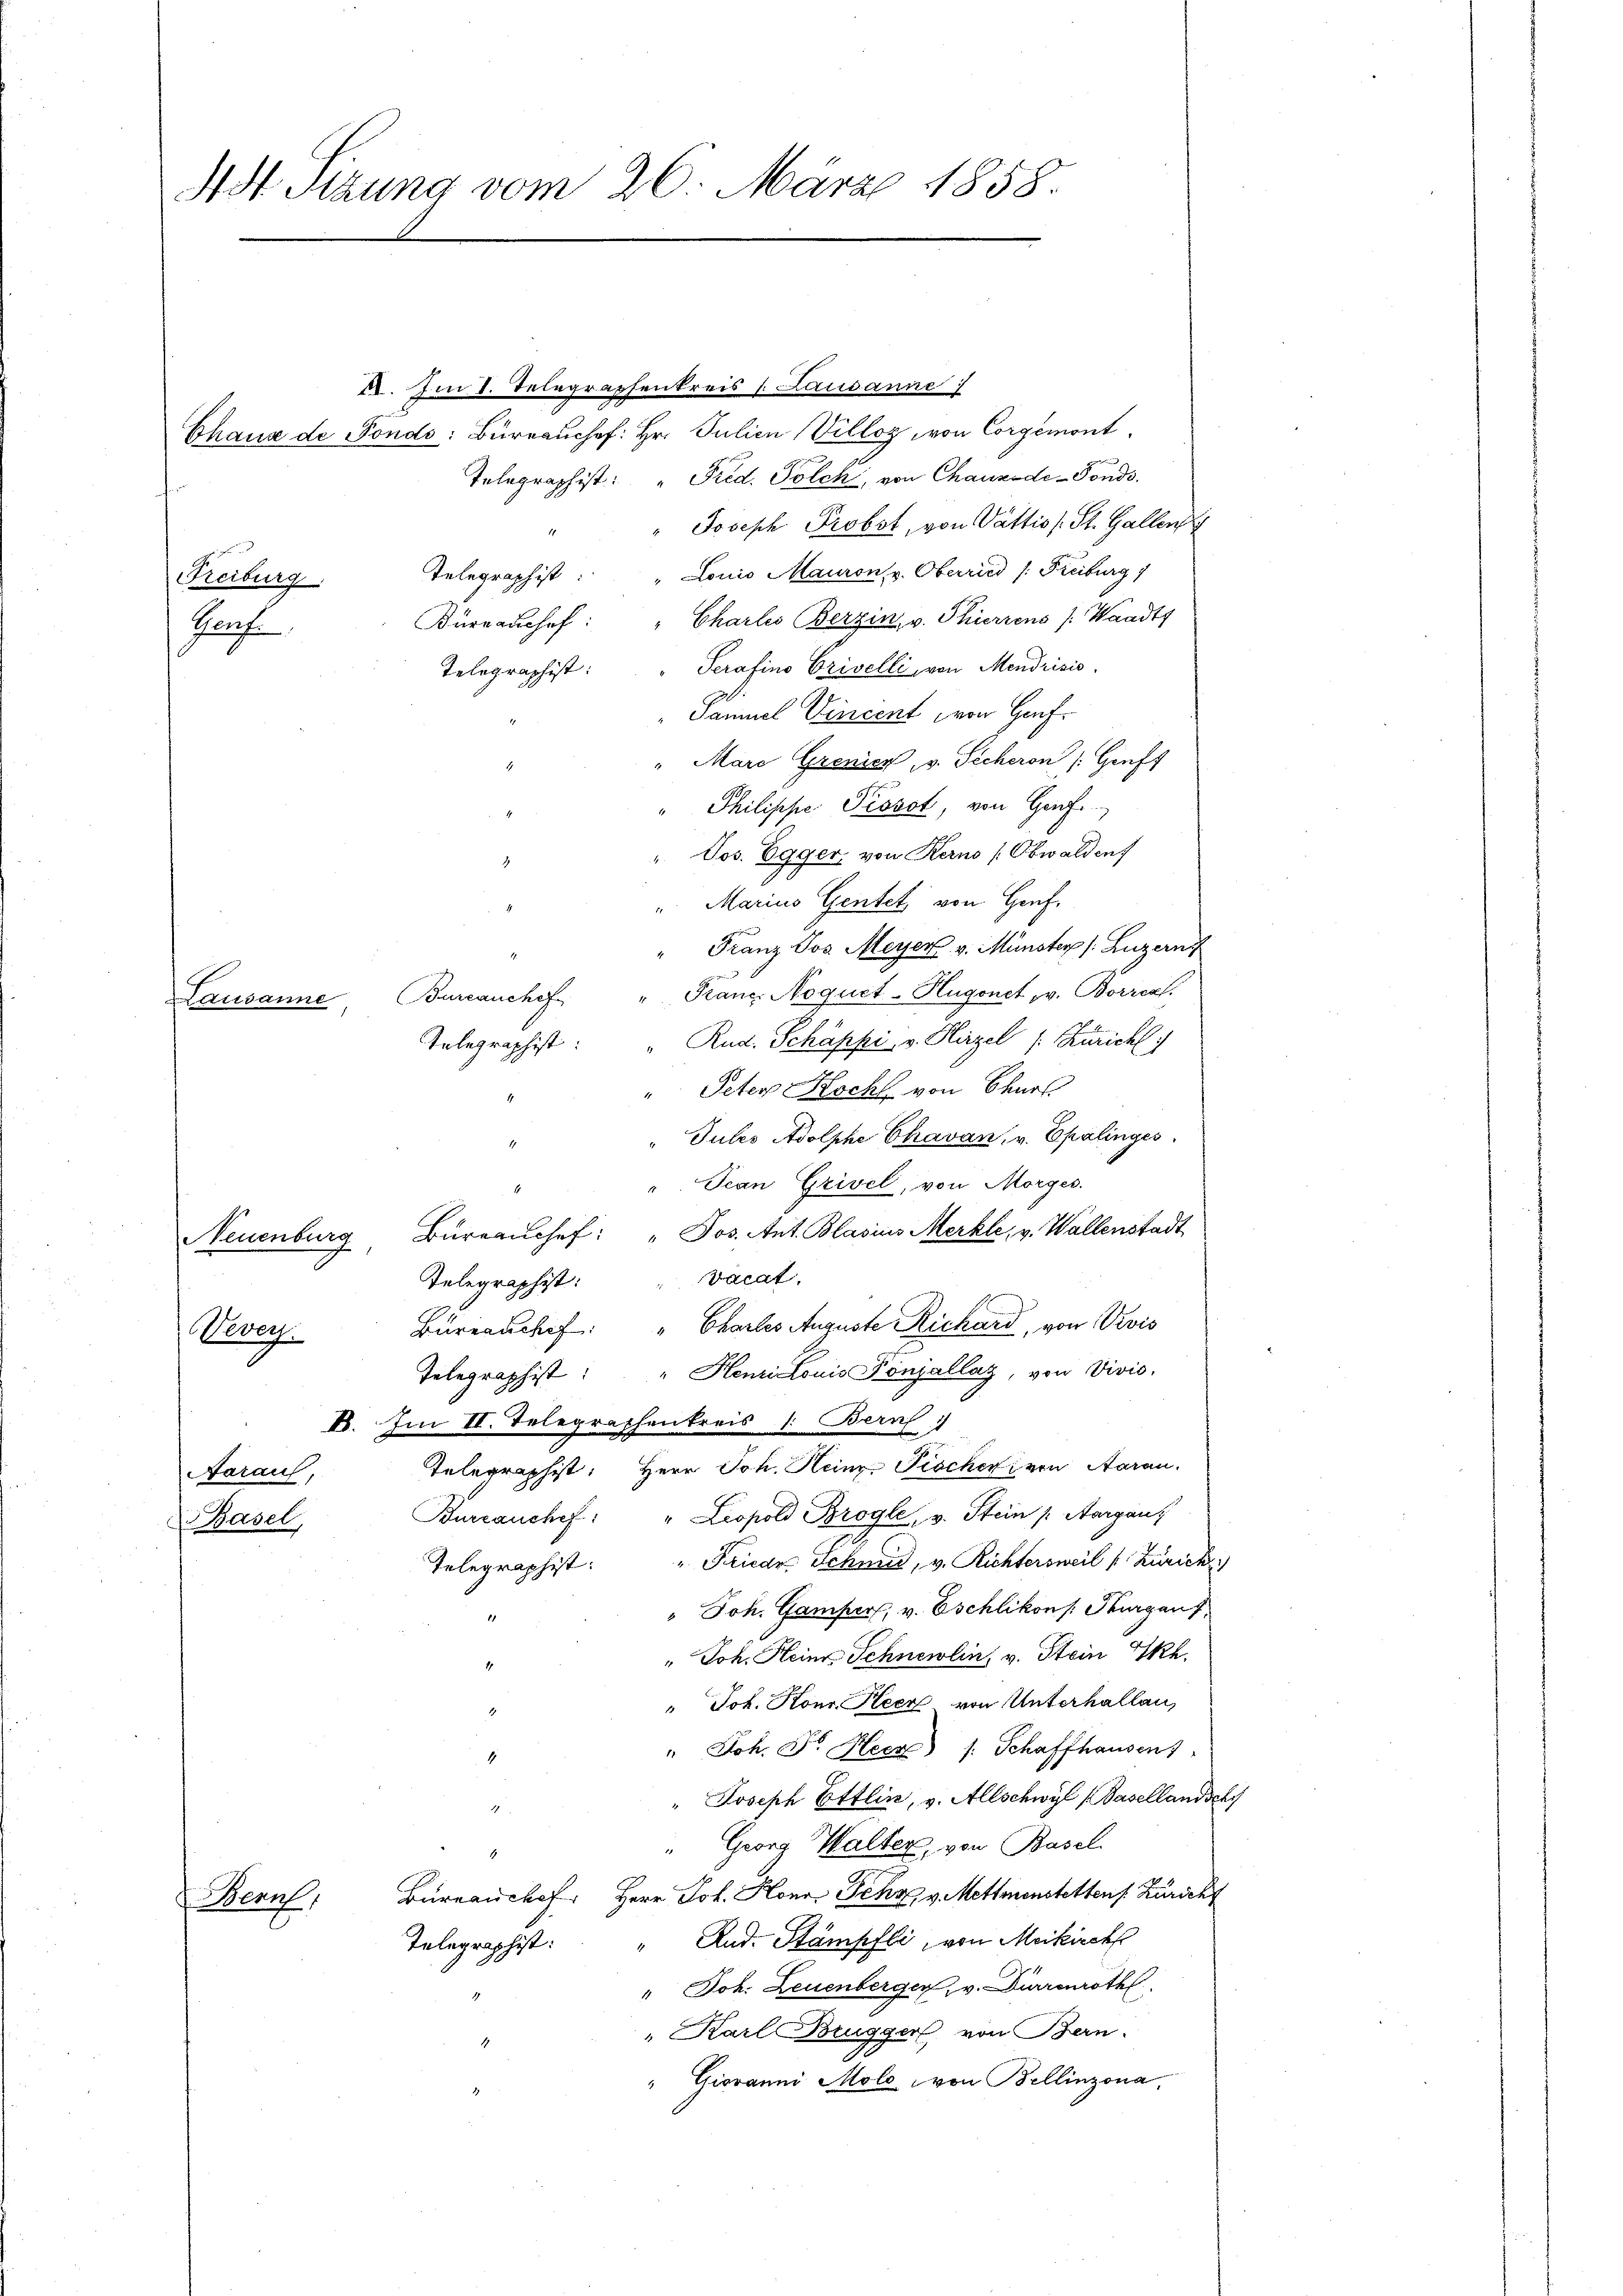
NSt Sitzung vom 26. März 1858.

2. Im 1. Telegraphenkreis s. Lausanne
Chaus de Fonds: Büreauchef: Hr. Julien Villoz, von Corgemont.
Telegraphist: " Fried. Polch, von Chauxode-Fonds.
Joseph Probst, von Vattis (St. Gallen
Lonio Mauron v. Oberried /: Freiburg 1
Telegraphist
Freiburg
Charlis Berzin, v. Thieriens /: Waadt
Kürnadhof.
Puche
Serafino Orivelli, von Mendrisis
Telegraphist:
Sammel Vincent von Hanf¬
"Maro Grenicz v. Sicheron /: Gruft
" Philippe Pissot, von Genf
" Jos. Egger, von Kerno (Obwaldenf
" Marius Gentet von Houf.
Franz Jos. Meyer v. Münster (Luzern,
"Kranc Noguet-Hugonet, v. Borrech
Bureauchef
Lausanne
"Rud. Schäppi, v. Hirzel (: Züricht
Telegraphist.
Peter Koch von Senat
"Jules Adolphe Chavan, v. Epalinges
"Jean Grivel, von Morges.
.
Neuenburg Büreaŭchef: " Jos. Ant. Blasius Merkle, v. Wallenstadt
vacat.
Telegraphist:
Büreau chef. " Chartes Auguste Richard, von Divis
Vever
2
Telegraphist: " Henri Louis Pönjallaz, von Vivis,
B. Im II. Telegraphenkreis 1. Bern
Telegraphist. Herr Joh. Heinr. Fischer von Aarau
Aarauf,
Burzanchef: " Leopold Brogle, v. Stein Aargau,
Basel,
Telegraphist: " Friedr. Schmid, v. Richtersweil v. Zürich
" Joh. Gamper, v. Eschlikon [ Thurgauf
" Joh. Heine Schnewlin, v. Stein Th.
4
" Joh. Konr. Heer von Unterhallau,
" Joh. Fr. Heer /: Schaffhausen)
4
" Joseph Ettlin, v. Allschwyl (Basellandschy
2
Georg Walter, von Basel
1
Büreau chef. Herr Joh. Honas Fehr v. Mettmenstettens Züricht
 kennt,
"And. Stampfli, von Meikirch
Telegraphist:
" Joh. Leuenberger, v. Dürrenröthl
" Karl Brugger von Bern.
" Giovanni Mole von Bellinzona,